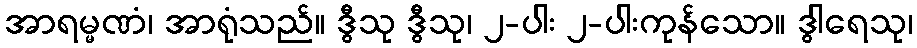
အာရမ္မဏံ၊ အာရုံသည်။ ဒွီသု ဒွီသု၊ ၂-ပါး ၂-ပါးကုန်သော။ ဒွါရေသု၊